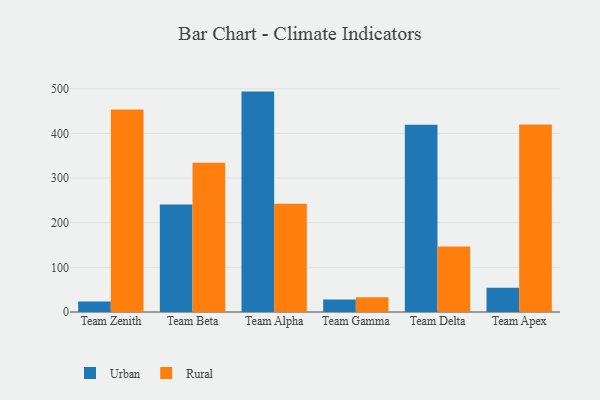
{"axis": {"x": "Team", "y": "Backlog"}, "legend": ["Rural", "Urban"], "data": [{"x": "Team Zenith", "y": 23.7, "type": "Urban"}, {"x": "Team Zenith", "y": 453.5, "type": "Rural"}, {"x": "Team Beta", "y": 240.8, "type": "Urban"}, {"x": "Team Beta", "y": 334.0, "type": "Rural"}, {"x": "Team Alpha", "y": 493.6, "type": "Urban"}, {"x": "Team Alpha", "y": 242.6, "type": "Rural"}, {"x": "Team Gamma", "y": 28.2, "type": "Urban"}, {"x": "Team Gamma", "y": 33.3, "type": "Rural"}, {"x": "Team Delta", "y": 419.1, "type": "Urban"}, {"x": "Team Delta", "y": 146.8, "type": "Rural"}, {"x": "Team Apex", "y": 54.5, "type": "Urban"}, {"x": "Team Apex", "y": 420.1, "type": "Rural"}]}